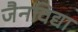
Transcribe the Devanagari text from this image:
जैनविद्या